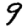
Digit: 9